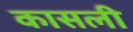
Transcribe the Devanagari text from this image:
कासली